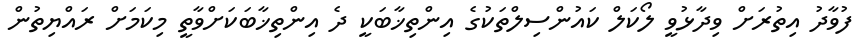
ފުވާދު އިތުރަށް ވިދާޅުވީ ލޯކަލް ކައުންސިލްތަކުގެ އިންތިޚާބަކީ ދެ އިންތިޚާބަކަށްވާތީ މިކަމަށް ރައްޔިތުން